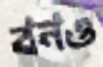
বনও